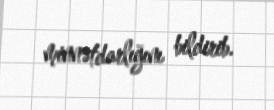
minnətdarlığını bildirib.